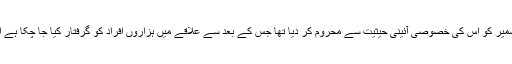
اگست 2019 میں بھارتی حکومت نے کشمیر کو اس کی خصوصی آئینی حیثیت سے محروم کر دیا تھا جس کے بعد سے علاقے میں ہزاروں افراد کو گرفتار کیا جا چکا ہے اور موبائل اور انٹرنیٹ سروس معطل ہے۔